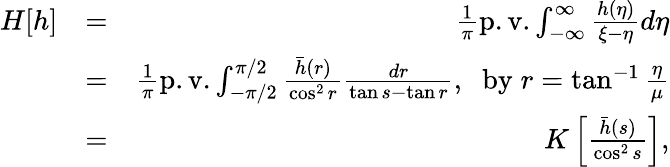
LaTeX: \begin{array}{rlr}{H[h]}&{=}&{\frac{1}{\pi}\mathrm{p.v.}\int_{-\infty}^{\infty}\frac{h(\eta)}{\xi-\eta}d\eta}\\ &{=}&{\frac{1}{\pi}\mathrm{p.v.}\int_{-\pi/2}^{\pi/2}\frac{\bar{h}(r)}{\cos^{2}r}\frac{dr}{\tan s-\tan r},\; \; \mathrm{by}\; r=\tan^{-1}\frac{\eta}{\mu}}\\ &{=}&{K\left[\frac{\bar{h}(s)}{\cos^{2}s}\right],}\end{array}